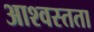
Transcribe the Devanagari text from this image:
आश्वस्तता